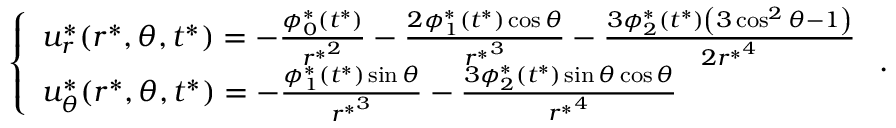
\left\{ \begin{array} { l } { u _ { r } ^ { * } ( r ^ { * } , \theta , t ^ { * } ) = - \frac { \phi _ { 0 } ^ { * } ( t ^ { * } ) } { { r ^ { * } } ^ { 2 } } - \frac { 2 \phi _ { 1 } ^ { * } ( t ^ { * } ) \cos \theta } { { r ^ { * } } ^ { 3 } } - \frac { 3 \phi _ { 2 } ^ { * } ( t ^ { * } ) \left( 3 \cos ^ { 2 } \theta - 1 \right) } { 2 { r ^ { * } } ^ { 4 } } } \\ { u _ { \theta } ^ { * } ( r ^ { * } , \theta , t ^ { * } ) = - \frac { \phi _ { 1 } ^ { * } ( t ^ { * } ) \sin \theta } { { r ^ { * } } ^ { 3 } } - \frac { 3 \phi _ { 2 } ^ { * } ( t ^ { * } ) \sin \theta \cos \theta } { { r ^ { * } } ^ { 4 } } } \end{array} \right. .